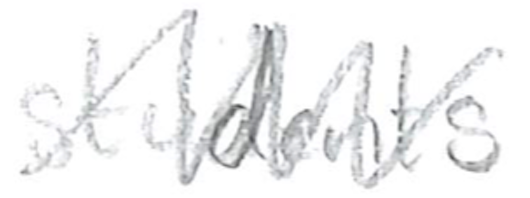
Text: students
Cross-out: zig-zag
Writing tool: pencil